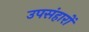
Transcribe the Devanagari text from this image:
उपसंहारों